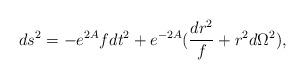
LaTeX: \begin{align*}ds^2=-e^{2A}fdt^2+e^{-2A}({dr^2\over f}+r^2d\Omega^2),\end{align*}